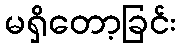
မရှိတော့ခြင်း